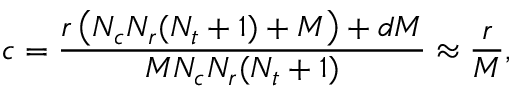
c = \frac { r \left( N _ { c } N _ { r } ( N _ { t } + 1 ) + M \right) + d M } { M N _ { c } N _ { r } ( N _ { t } + 1 ) } \approx \frac { r } { M } ,